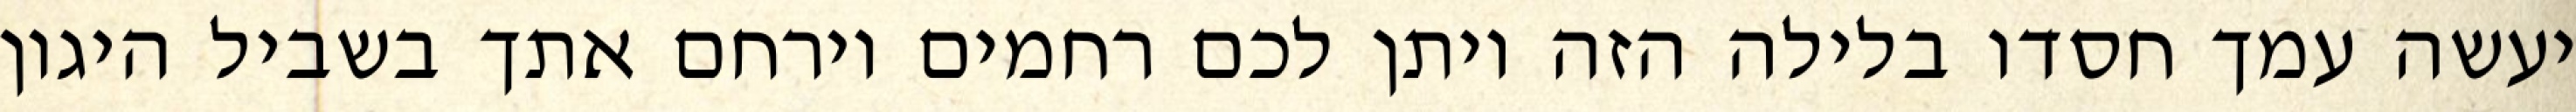
יעשה עמך חסדו בלילה הזה ויתן לכם רחמים וירחם אתך בשביל היגון